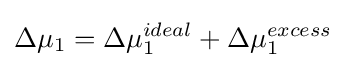
\Delta \mu _{1}=\Delta \mu _{1}^{ideal}+\Delta \mu _{1}^{excess}